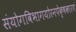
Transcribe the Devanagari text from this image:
संयोगविभागयोरनपेक्षकारणं